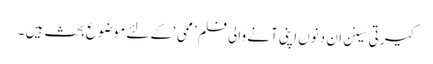
کیرتی سینن ان دنوں اپنی آنے والی فلم ’ممی‘ کے لئے موضوع بحث ہیں ۔